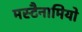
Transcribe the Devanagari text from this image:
मस्टैनामियो